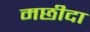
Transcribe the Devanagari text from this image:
मछीदा